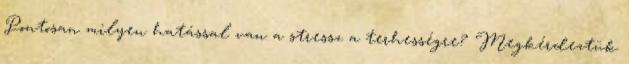
Pontosan milyen hatással van a stressz a terhességre? Megkérdeztük